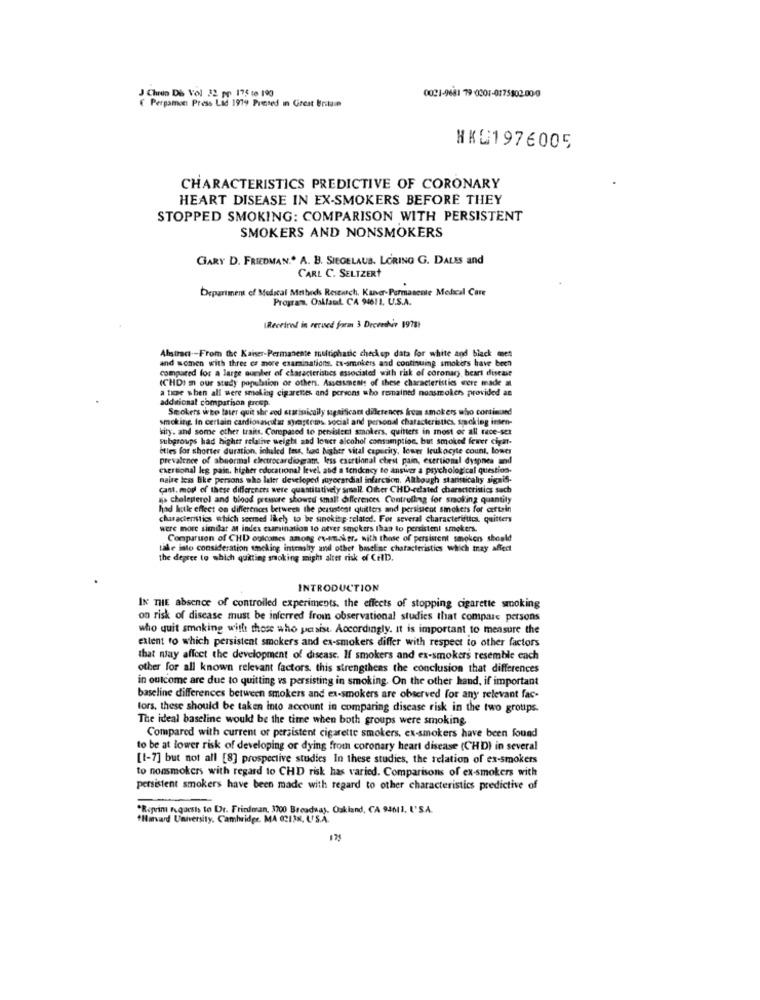
J Chron Di Vol 32 pp 175 te 190)
0021-9681 79 0301-0175802.000
€ Pergamon Press Lid 1979 Picted in Great Britain
HKL1976005
CHARACTERISTICS PREDICTIVE OF CORONARY
HEART DISEASE IN EX-SMOKERS BEFORE THEY
STOPPED SMOKING: COMPARISON WITH PERSISTENT
SMOKERS AND NONSMOKERS
GARY D. FRIEDMAN .. A. B. SIEGELAUS. LORING G. DALES and
CARL C. SELTZERŤ
Department of Medical Mabeds Research, Kanver- Permanente Medical Care
Program, Oakland. CA 94611. U.S.A.
IReceived in rerused form 3 Drevestir 19781
and women with three es more examinations. es-smokers and continuing smokers have been
Abstract -- From the Kaiser-Permanente multiphatic checkup data for white and black men
compared for a large number of characteristics associated with risk of coronary beart disease
ICHDI m our study population of others. Assessments of these characteristics were made a
a time when all were smelling cigarettes and persons who remained nonsmoker, provided an
additional comparison prosp.
Smokers who later quit shr aed statistically significant dilletences from smokers who continuand
smoking In certain cardiovascular syragerms, social and personal characteristics, smacking inten-
kity. and some other traits. Compased to persistent smokers, quitters in most of all rece-sex
subgroups had hightr relative weight and louer alcohol consumption, but smoked fewer cigat-
etles for shorter duration, inhaled less, had higher vital capacity, lower leukocyte count, lower
prevalence of abnormal electrocardiogram, less exertional chest pain, exertional dyspnea und
exertional leg pain, higher educational level and a tendency to answer a psychological question-
naire less Bike persons who later developed suyorardial infarction. Although stanstically signis-
cant. mop of these differences were quantitatively small. Other CHD-related characteristics such
aja cholesterol and blood pressure showsd small differences Controlling for smoking quantity
had hetle effect on differences between the persistent quitters and persistent smokers for certain
characteristics which sermed likely to be sinokit ;- related. For several characteristics. quitters
were more similar at index examination to never smokers than to persistent smokers.
Comparison of CHD oulcomes among ex-smaker. with those of persistent smokers should
take into consideration smoking intensly and other baseline characteristics which may affect
the degree to which quitting smoking might alter risk of CHD.
INTRODUCTION
IN THE absence of controlled experiments, the effects of stopping cigarette smoking
on risk of disease must be inferred from observational studies that compare persons
who quit smoking with those who persist. Accordingly. It is important to measure the
extent to which persistent smokers and ex-smokers differ with respect to other factors
that may affect the development of disease. If smokers and ex-smokers resemble each
other for all known relevant factors. this strengthens the conclusion that differences
in outcome are due to quitting vs persisting in smoking. On the other hand, if important
baseline differences between smokers and ex-smokers are observed for any relevant fac-
tors, these should be taken into account in comparing disease risk in the two groups.
The ideal baseline would be the time when both groups were smoking
Compared with current or persistent cigarette smokers, ex-smokers have been found
to be at lower risk of developing or dying from coronary heart disease (CH D) in several
[1-7] but not all [8] prospective studies In these studies, the relation of ex-smokers
to nonsmokers with regard to CHD risk has varied. Comparisons of ex-smokers with
persistent smokers have been made with regard to other characteristics predictive of
--
*Rigrim Requests to Dr. Friedman, 1900 Breadhat. Oakland, CA 94611, L'S.A.
*Harvard University, Cambridge, MA 02138, US.A.
175